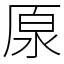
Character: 厡